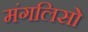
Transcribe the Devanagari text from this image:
मंगलिसो